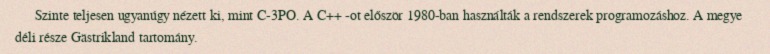
Szinte teljesen ugyanúgy nézett ki, mint C-3PO. A C++ -ot először 1980-ban használták a rendszerek programozáshoz. A megye déli része Gästrikland tartomány.